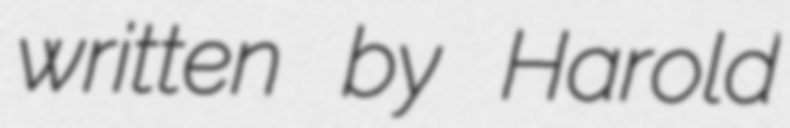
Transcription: written by Harold